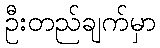
ဦးတည်ချက်မှာ